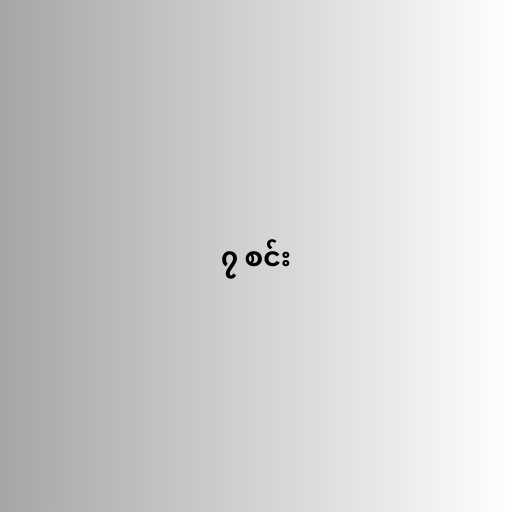
၇ စင်း